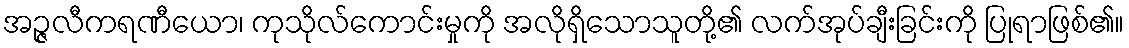
အဉ္ဇလီကရဏီယော၊ ကုသိုလ်ကောင်းမှုကို အလိုရှိသောသူတို့၏ လက်အုပ်ချီးခြင်းကို ပြုရာဖြစ်၏။